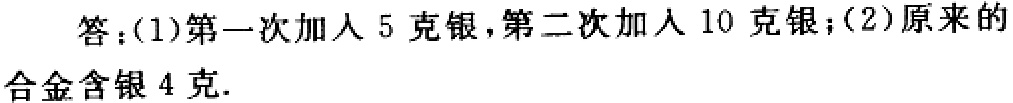
答：(1)第一次加入5克银，第二次加入10克银；(2)原来的合金含银4克.